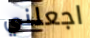
اجعلني